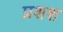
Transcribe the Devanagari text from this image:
प्रशश